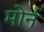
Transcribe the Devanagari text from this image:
मोर्न